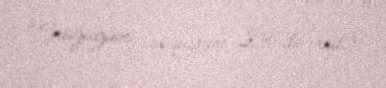
“Srağagün (avqustun 23-də-red.).